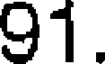
91.